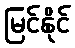
မြင်နိုင်